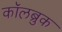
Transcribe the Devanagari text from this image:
कॉलब्रुक